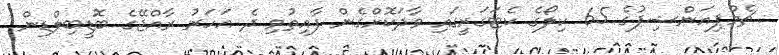
ޗެމްޕިއަންޝިޕުގެ 65 ކިލޯގެ ކެޓަގަރީގައި ވާދަކޮށްގެން ފާއިތުވި ދެ އަހަރު ރާއްޖޭގެ ބޮޑީބިލްޑިން